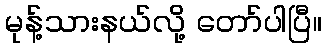
မုန့်သားနယ်လို့ တော်ပါပြီ။